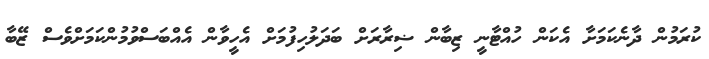
ކުރަމުން ދާނެކަމަށާ އެކަން ހުއްޓާނީ ޒިބާން ޟިރާރަށް ބަދަލުހިފުމަށް އެހީވާން އެއްބަސްވުމުންކަމަށްވެސް ޒޭބާ